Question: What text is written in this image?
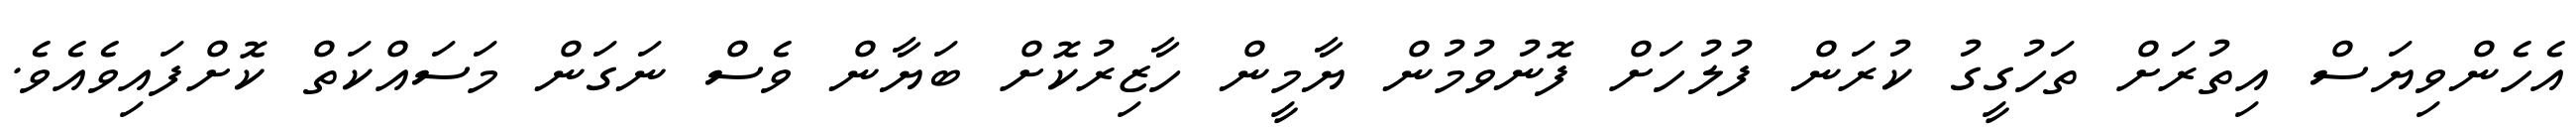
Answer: އެހެންވިޔަސް އިތުރަށް ތަހުގީގު ކުރަން ފުލުހަށް ފޮނުވުމުން ޔާމީން ހާޒިރުކޮށް ބަޔާން ވެސް ނަގަން މަސައްކަތް ކޮށްފައިވެއެވެ.